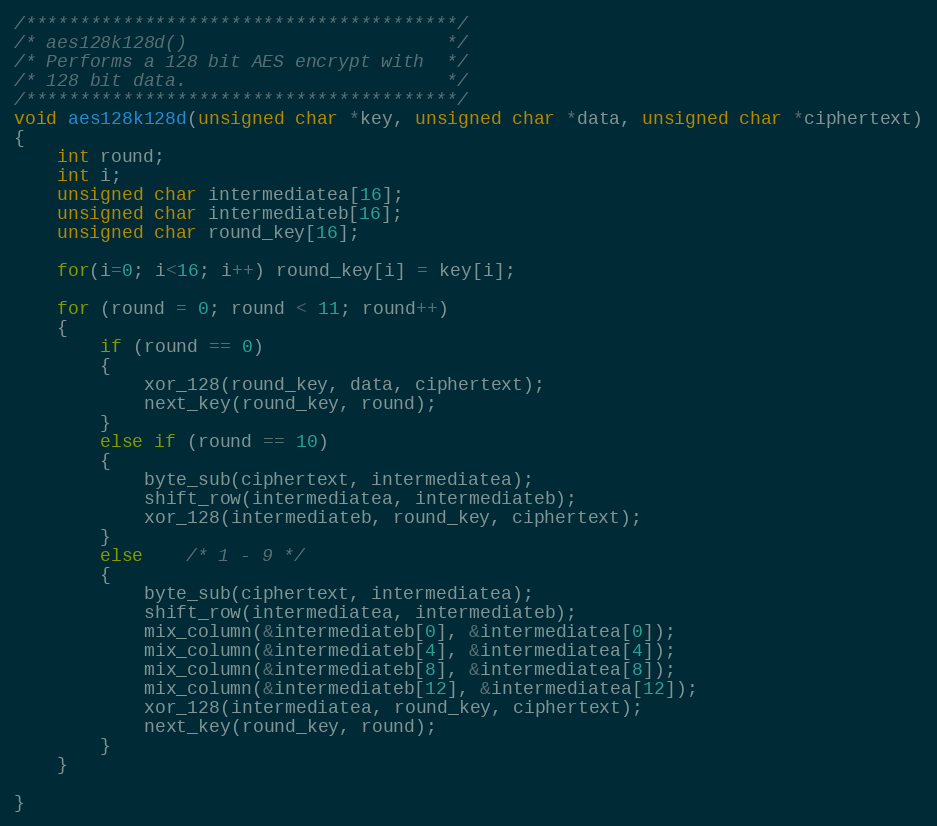
Language: C
/****************************************/
/* aes128k128d()                        */
/* Performs a 128 bit AES encrypt with  */
/* 128 bit data.                        */
/****************************************/
void aes128k128d(unsigned char *key, unsigned char *data, unsigned char *ciphertext)
{
	int round;
	int i;
	unsigned char intermediatea[16];
	unsigned char intermediateb[16];
	unsigned char round_key[16];

	for(i=0; i<16; i++) round_key[i] = key[i];

	for (round = 0; round < 11; round++)
	{
		if (round == 0)
		{
			xor_128(round_key, data, ciphertext);
			next_key(round_key, round);
		}
		else if (round == 10)
		{
			byte_sub(ciphertext, intermediatea);
			shift_row(intermediatea, intermediateb);
			xor_128(intermediateb, round_key, ciphertext);
		}
		else    /* 1 - 9 */
		{
			byte_sub(ciphertext, intermediatea);
			shift_row(intermediatea, intermediateb);
			mix_column(&intermediateb[0], &intermediatea[0]);
			mix_column(&intermediateb[4], &intermediatea[4]);
			mix_column(&intermediateb[8], &intermediatea[8]);
			mix_column(&intermediateb[12], &intermediatea[12]);
			xor_128(intermediatea, round_key, ciphertext);
			next_key(round_key, round);
		}
	}

}